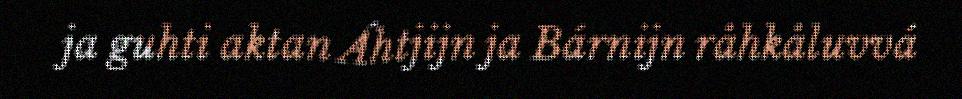
ja guhti aktan Áhtjijn ja Bárnijn råhkåluvvá